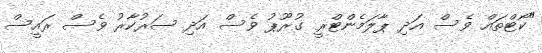
"ކޯޓްތައް ވެސް އަދި ޕާލަމެންޓްރީ ގުރޫޕު ވެސް އަދި ސަރުކާރު ވެސް ރައީސް